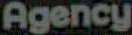
Agency